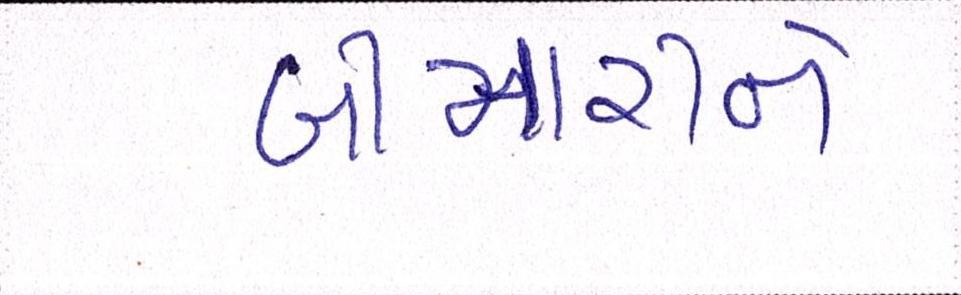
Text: બીમારીને